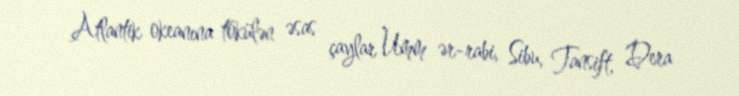
Atlantik okeanına tökülən əsas çaylar Umm ər-rabi, Sibu, Tansift, Dera